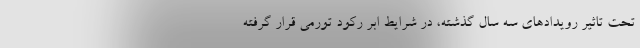
تحت تاثیر رویدادهای سه سال گذشته، در شرایط ابر رکود تورمی قرار گرفته